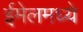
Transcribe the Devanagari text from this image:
ईमेलमध्ये